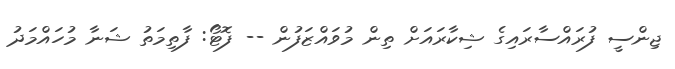
ޖިންސީ ފުރައްސާރައިގެ ޝިކާރައަށް ތިން މުވައްޒަފުން -- ފޮޓޯ: ފާތިމަތު ޝަނާ މުހައްމަދު